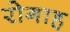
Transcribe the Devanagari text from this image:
रोगाह